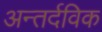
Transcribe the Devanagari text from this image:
अन्तर्दविक